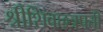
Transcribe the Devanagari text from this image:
श्रीशिवछत्रपती